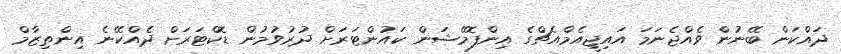
ދައްކަން ބޭނުން ވެއްޖެނަމަ އައިޖީއެމްއެޗްގެ އިންފޮމޭޝަން ކައުންޓަރަށް ދުރުވުމުން ޑޮކްޓަރަށް ދެއްކޭނެ އިންތިޒާމް